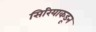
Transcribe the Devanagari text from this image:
सिरियाकडून